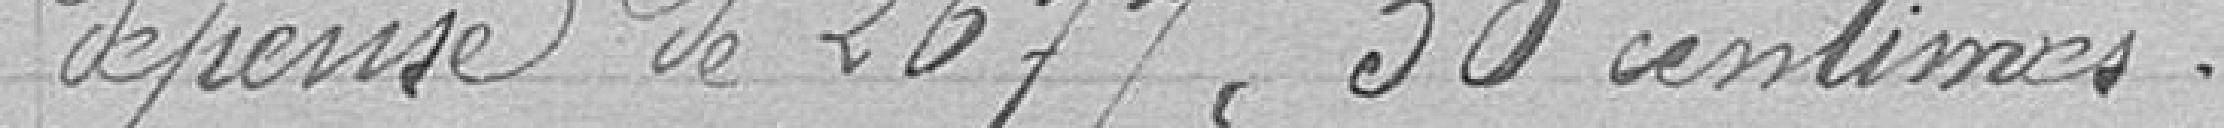
dépense de 2677,50 centimes.